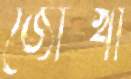
জোখা